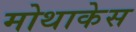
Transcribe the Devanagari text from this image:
मोथाकेस